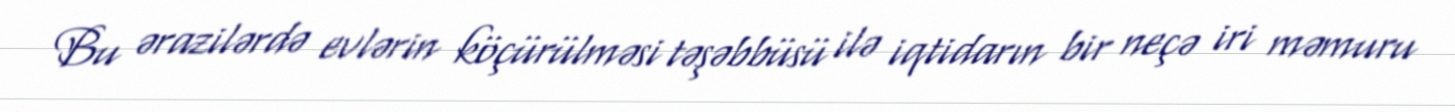
Bu ərazilərdə evlərin köçürülməsi təşəbbüsü ilə iqtidarın bir neçə iri məmuru